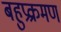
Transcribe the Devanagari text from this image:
बहुप्रक्रमण